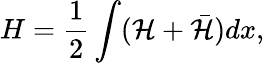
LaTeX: H=\frac{1}{2}\int({\cal H}+\bar{\cal H})dx,